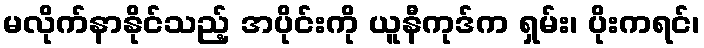
မလိုက်နာနိုင်သည့် အပိုင်းကို ယူနီကုဒ်က ရှမ်း၊ ပိုးကရင်၊